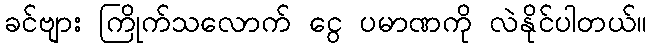
ခင်ဗျား ကြိုက်သလောက် ငွေ ပမာဏကို လဲနိုင်ပါတယ်။